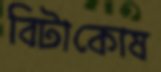
বিটাকোষ